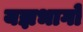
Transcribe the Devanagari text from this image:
यज्ञभागों